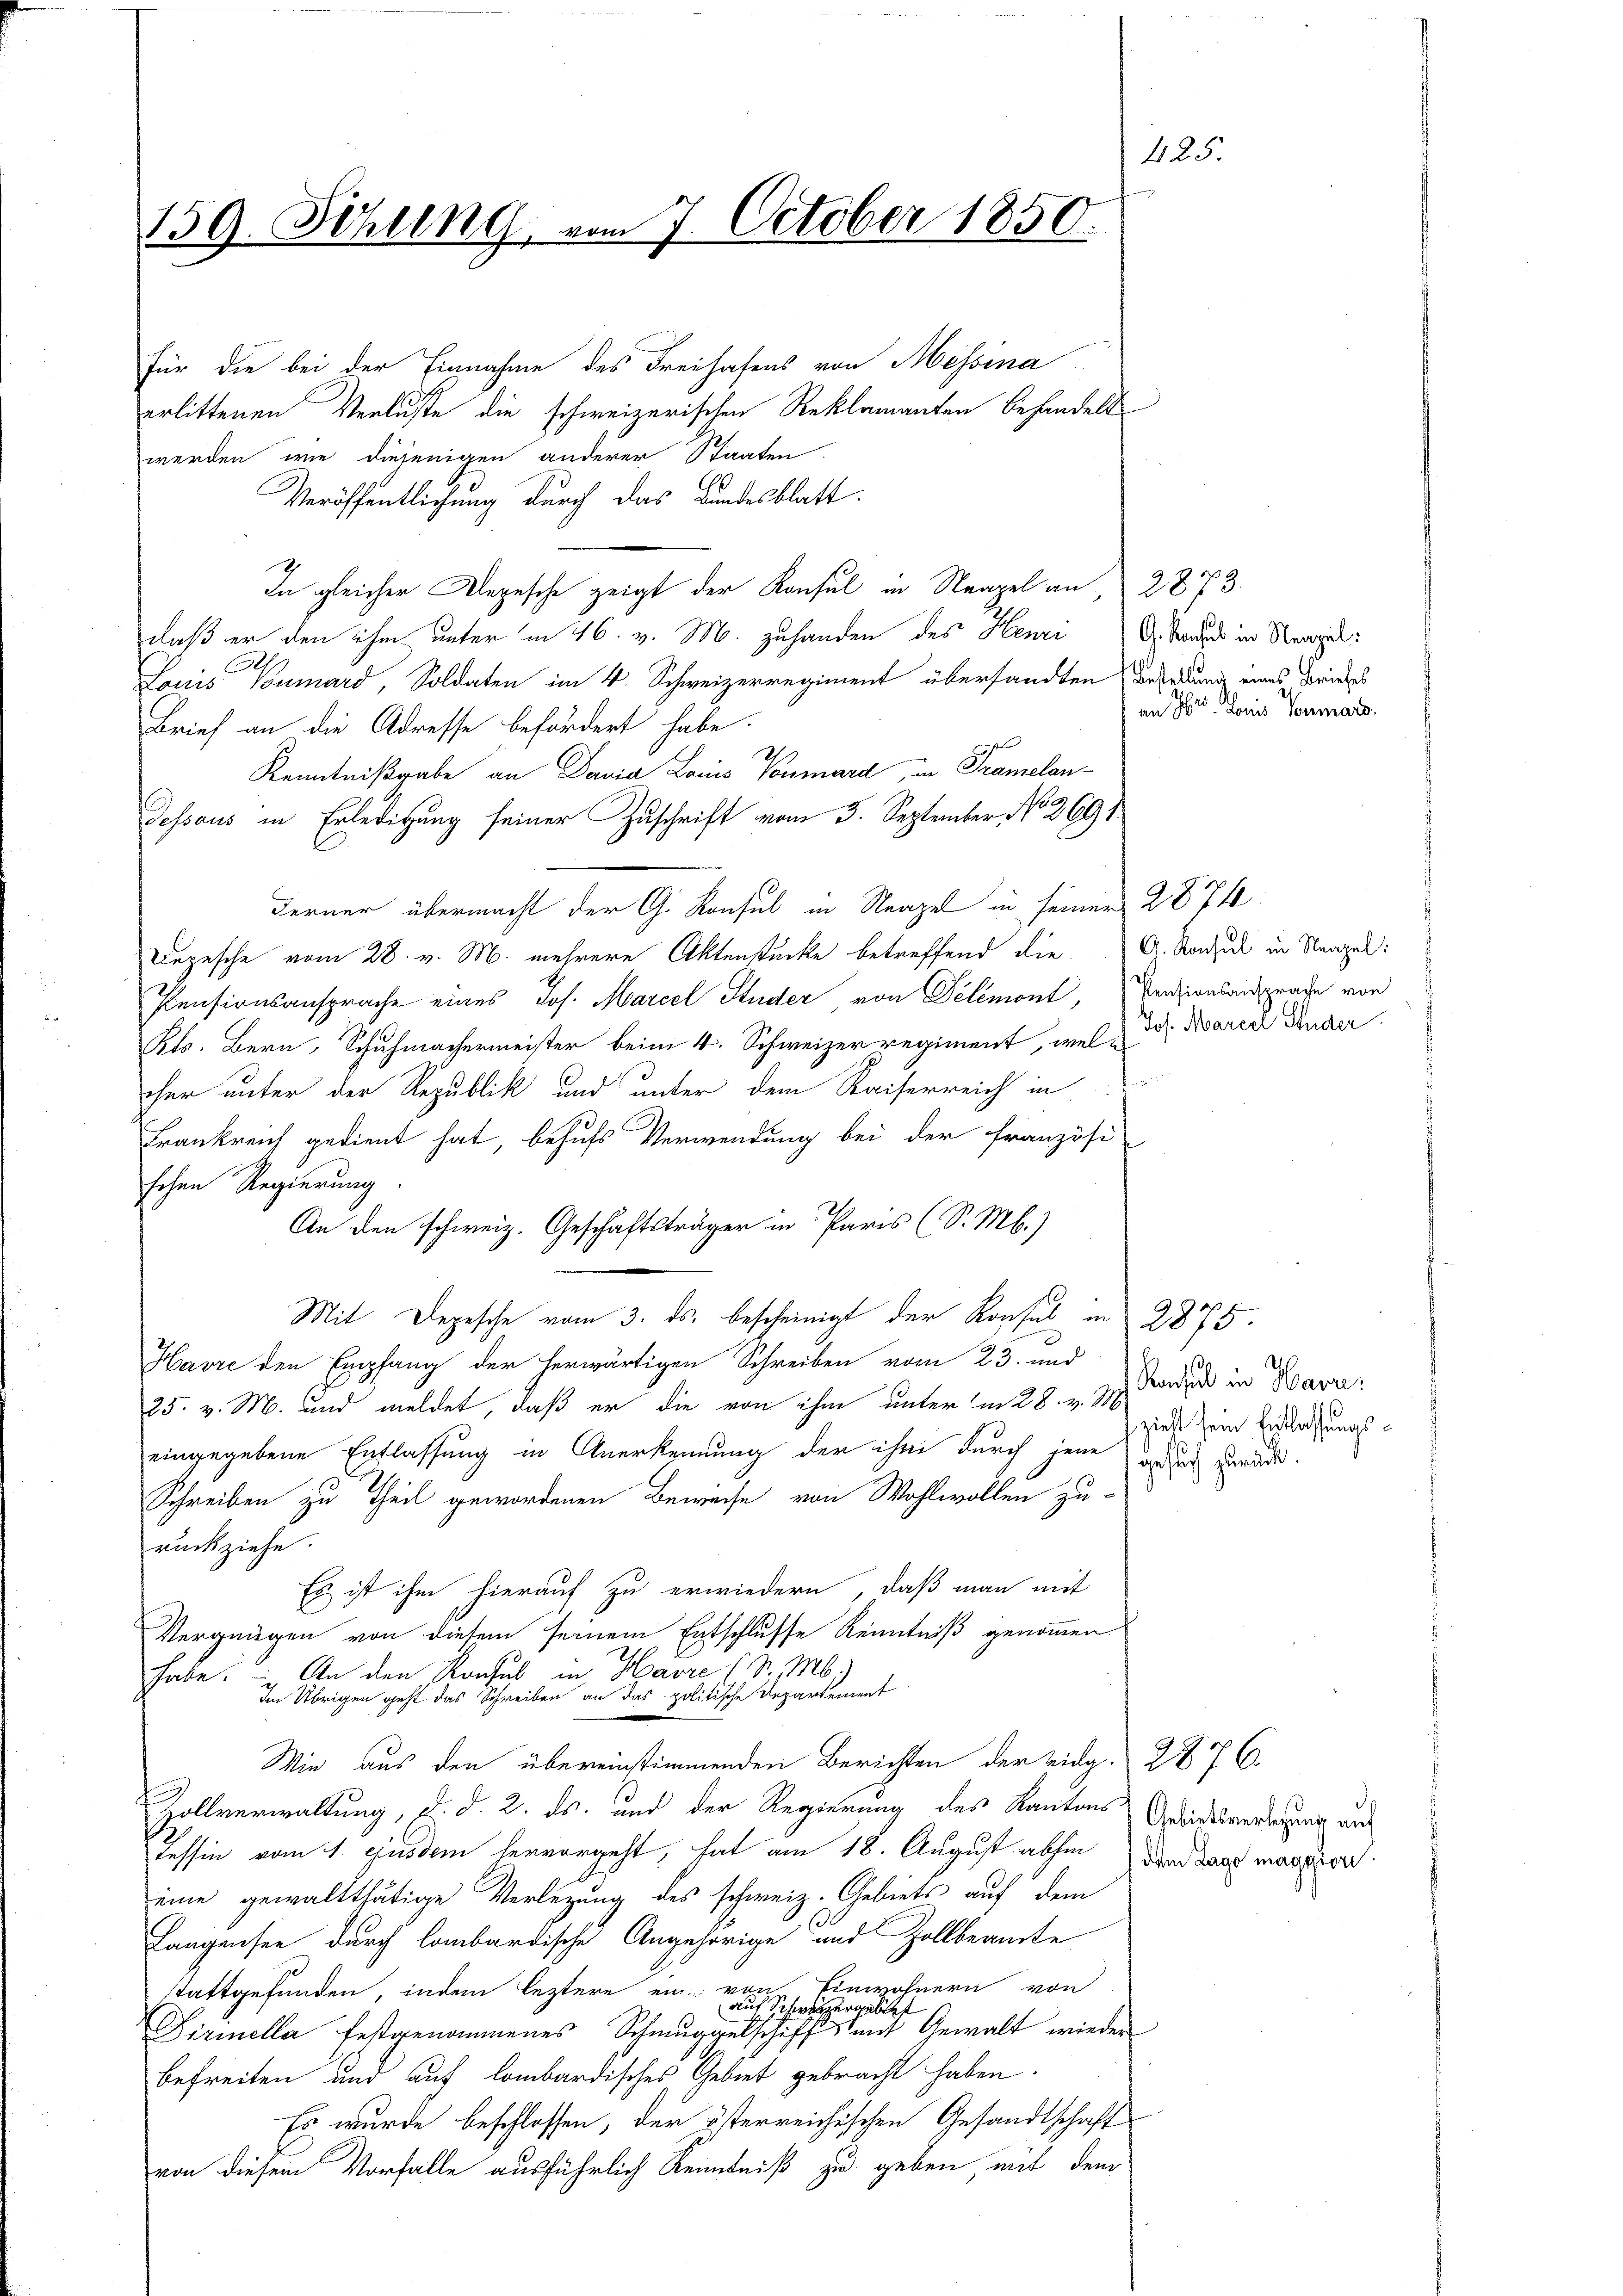
159. Sitzung, vom 7. October 1850.

Für die bei der Einnahme des Freihafens von Messina
erlittenen Verluste die schweizerischen Reklamanten behandelt
werden, wie diejenigen anderer Staaten
Veröffentlichung durch das Bandesblatt
In gleicher Depesche zeigt der Konsul in Neapel an, 2873.
daß er den ihm unter in 46. v. M. zuhanden des Henri etwas in Regel:
Cl
Louis Tumard, Soldaten im 4. Schweizerregiment übersandten Beredung eines Friedes
Brief an die Adresse befördert habe.
Kenntnißgabe an Dania Lois Vornard, in Tramelan¬
Dessaus in Erledigung seiner Zuschrift vom 3. September, No. 269
Ferner übermacht der G. Konsul in Neapel in seiner 287
Depesche vom 28. v. M. mehrere Aktenstücke betreffend die G. Konsul in Neapel:
Pensionsansprache eines Jos. Marcel Studer von Delémont, Pensionsansprache von
Kts. Bern, Schuhmachermeister beim 4. Schweizer regiment, wel d. Marie Kinder
cher unter der Republik und unter dem Kaiserreich in
Frankreich gedient hat, behufs Verwendung bei der Französi
schen Regierung
An den schweiz. Geschäftsträger in Paris (S. M.)
Mit Depesche vom 3. ds. bescheinigt der Konsul in 2875.
Havre den Empfang der herwärtigen Schreiben vom 23. und
25. v. M. und meldet, daß er die von ihm unter in 28. v. M.
eingegebene Entlassung in Anerkennung der ihm durch jene
Schreiben zu Theil gewordenen Beweise von Wohlwollen zu-
rückziehe.
Es ist ihm hierauf zu erwiedern, daß man mit
Vergnügen von diesem seinem Entschlusse Kenntniß genommen
habe. - An den Konsul in Havre 1 S. M.)
Im Übrigen geht das Schreiben an das politische Departement
Wie aus den übereinstimmenden Berichten der eidg. 287 C
Zollverwaltung, d. d. 2. ds. und der Regierung des Kantons Gebietsverlegung aus
Tessin vom 1. ejusdem hervorgeht, hat am 18. August abhin dem Tag maggior
eine gewaltthätige Verlegung des schweiz. Gebiets auf dem
Langensee durch lombardische Angehörige und Zollbeamte
Einwohnern von
stattgefunden, indem leztere ein von
auf Schwarzergelitt
Firinella festgenommenes Schmuggelschiff mit Gewalt wieder
befreiten und auf lombardisches Gebiet gebracht haben.
Es wurde beschlossen, der österreichischen Gesandtschaft
von diesem Vorfalle ausführlich Kenntniß zu geben mit dem

425.

an Ihr Janis Vermard.

Rachel in Harri:
zieht sein Entlassungsgesuch zurück.